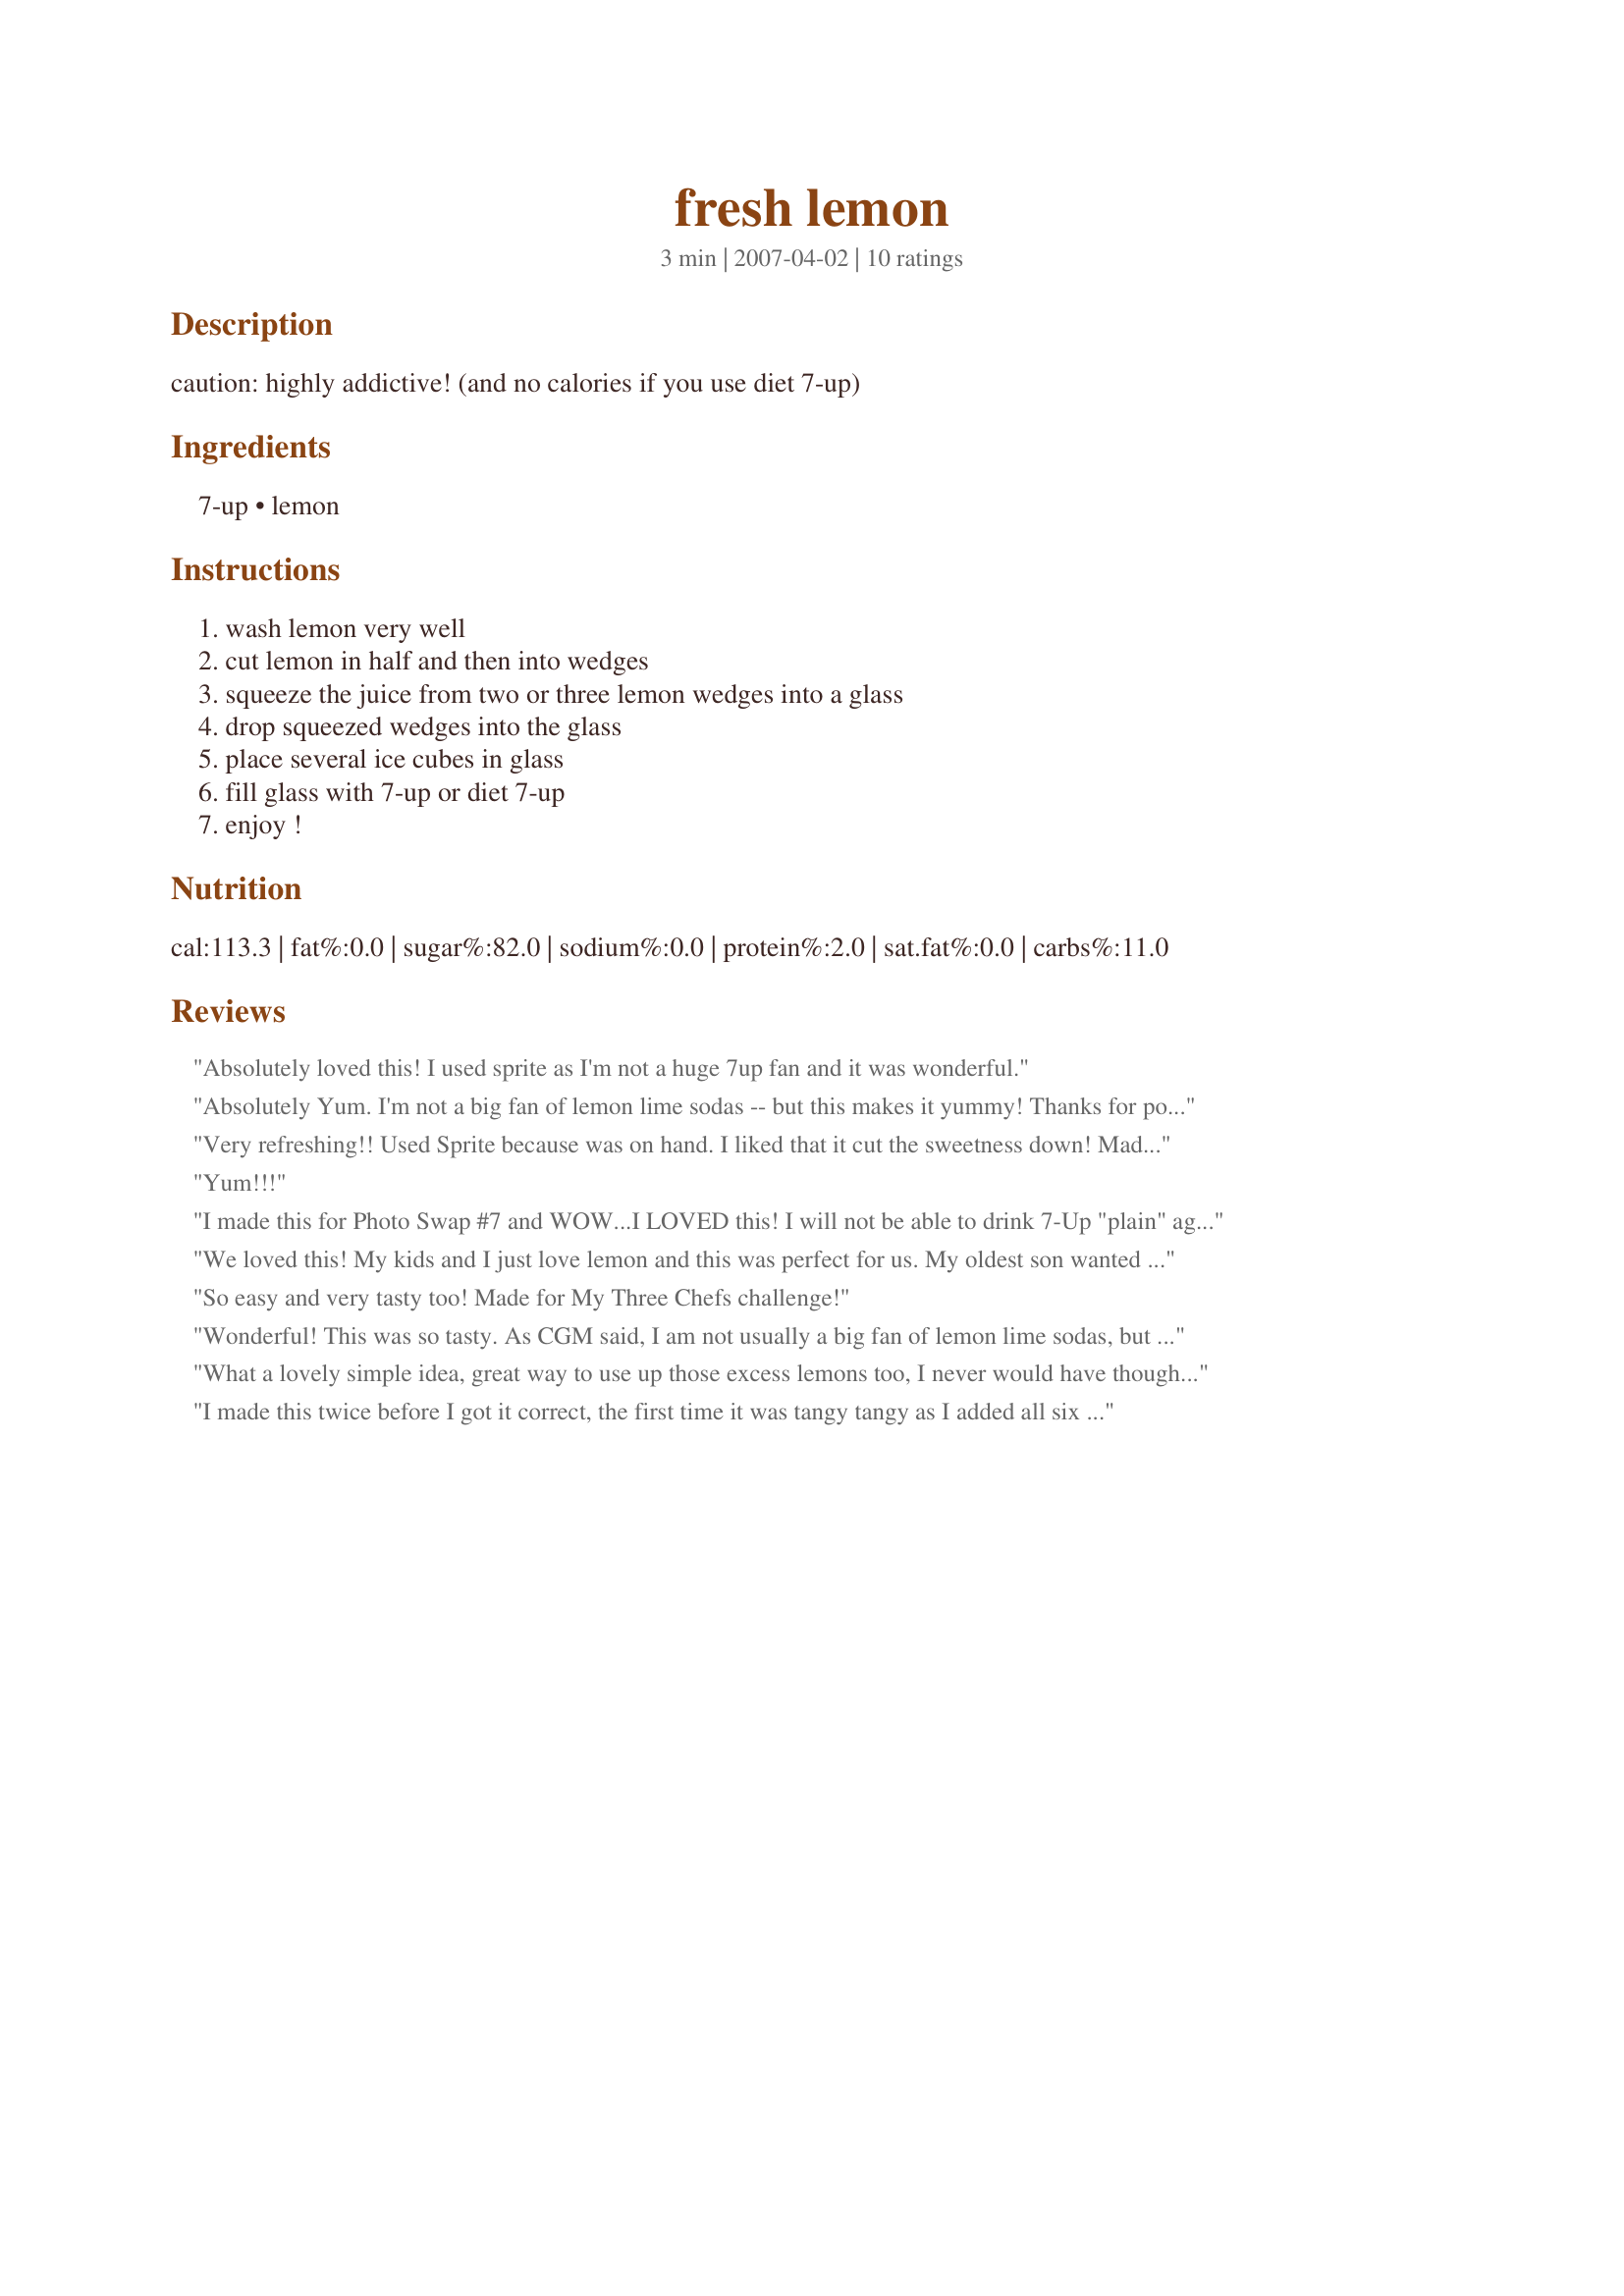
fresh lemon
Preparation time: 3 minutes

caution: highly addictive! (and no calories if you use diet 7-up)

Ingredients:
7-up, lemon

Steps:
wash lemon very well, cut lemon in half and then into wedges, squeeze the juice from two or three lemon wedges into a glass, drop squeezed wedges into the glass, place several ice cubes in glass, fill glass with 7-up or diet 7-up, enjoy !

Reviews:
Absolutely loved this! I used sprite as I'm not a huge 7up fan and it was wonderful.
Absolutely Yum. I'm not a big fan of lemon lime sodas -- but this makes it yummy! Thanks for posting! Made for I Recommend Tag Game.
Very refreshing!! Used Sprite because was on hand. I liked that it cut the sweetness down! Made for Fall 2009 PAC.
Yum!!!
I made this for Photo Swap #7 and WOW...I LOVED this! I will not be able to drink 7-Up "plain" again. I used the diet with more flavor and 3 pieces of lemon. Thanks for a tasty drink and I hope you like the pic!
We loved this! My kids and I just love lemon and this was perfect for us. My oldest son wanted even more lemon wedges in his drink. It was such a pretty drink too and would make a great summertime drink. Thanks for sharing this great recipe.
So easy and very tasty too! Made for My Three Chefs challenge!
Wonderful! This was so tasty. As CGM said, I am not usually a big fan of lemon lime sodas, but i love lemon, so this totally kicked it up a notch for me! Thanks for sharing!
What a lovely simple idea, great way to use up those excess lemons too, I never would have thought of this simple concoction so thankyou for posting. Made for PAC Spring 2008.
I made this twice before I got it correct, the first time it was tangy tangy as I added all six pieces of lemon, and yes I add squeezed each one very well. Followed the recipe correctly the second time cut my lemon into 8's and used three of them into 8 ounces of soda. Now that was smoother to go down and yes quenched my thirst after football practice.
